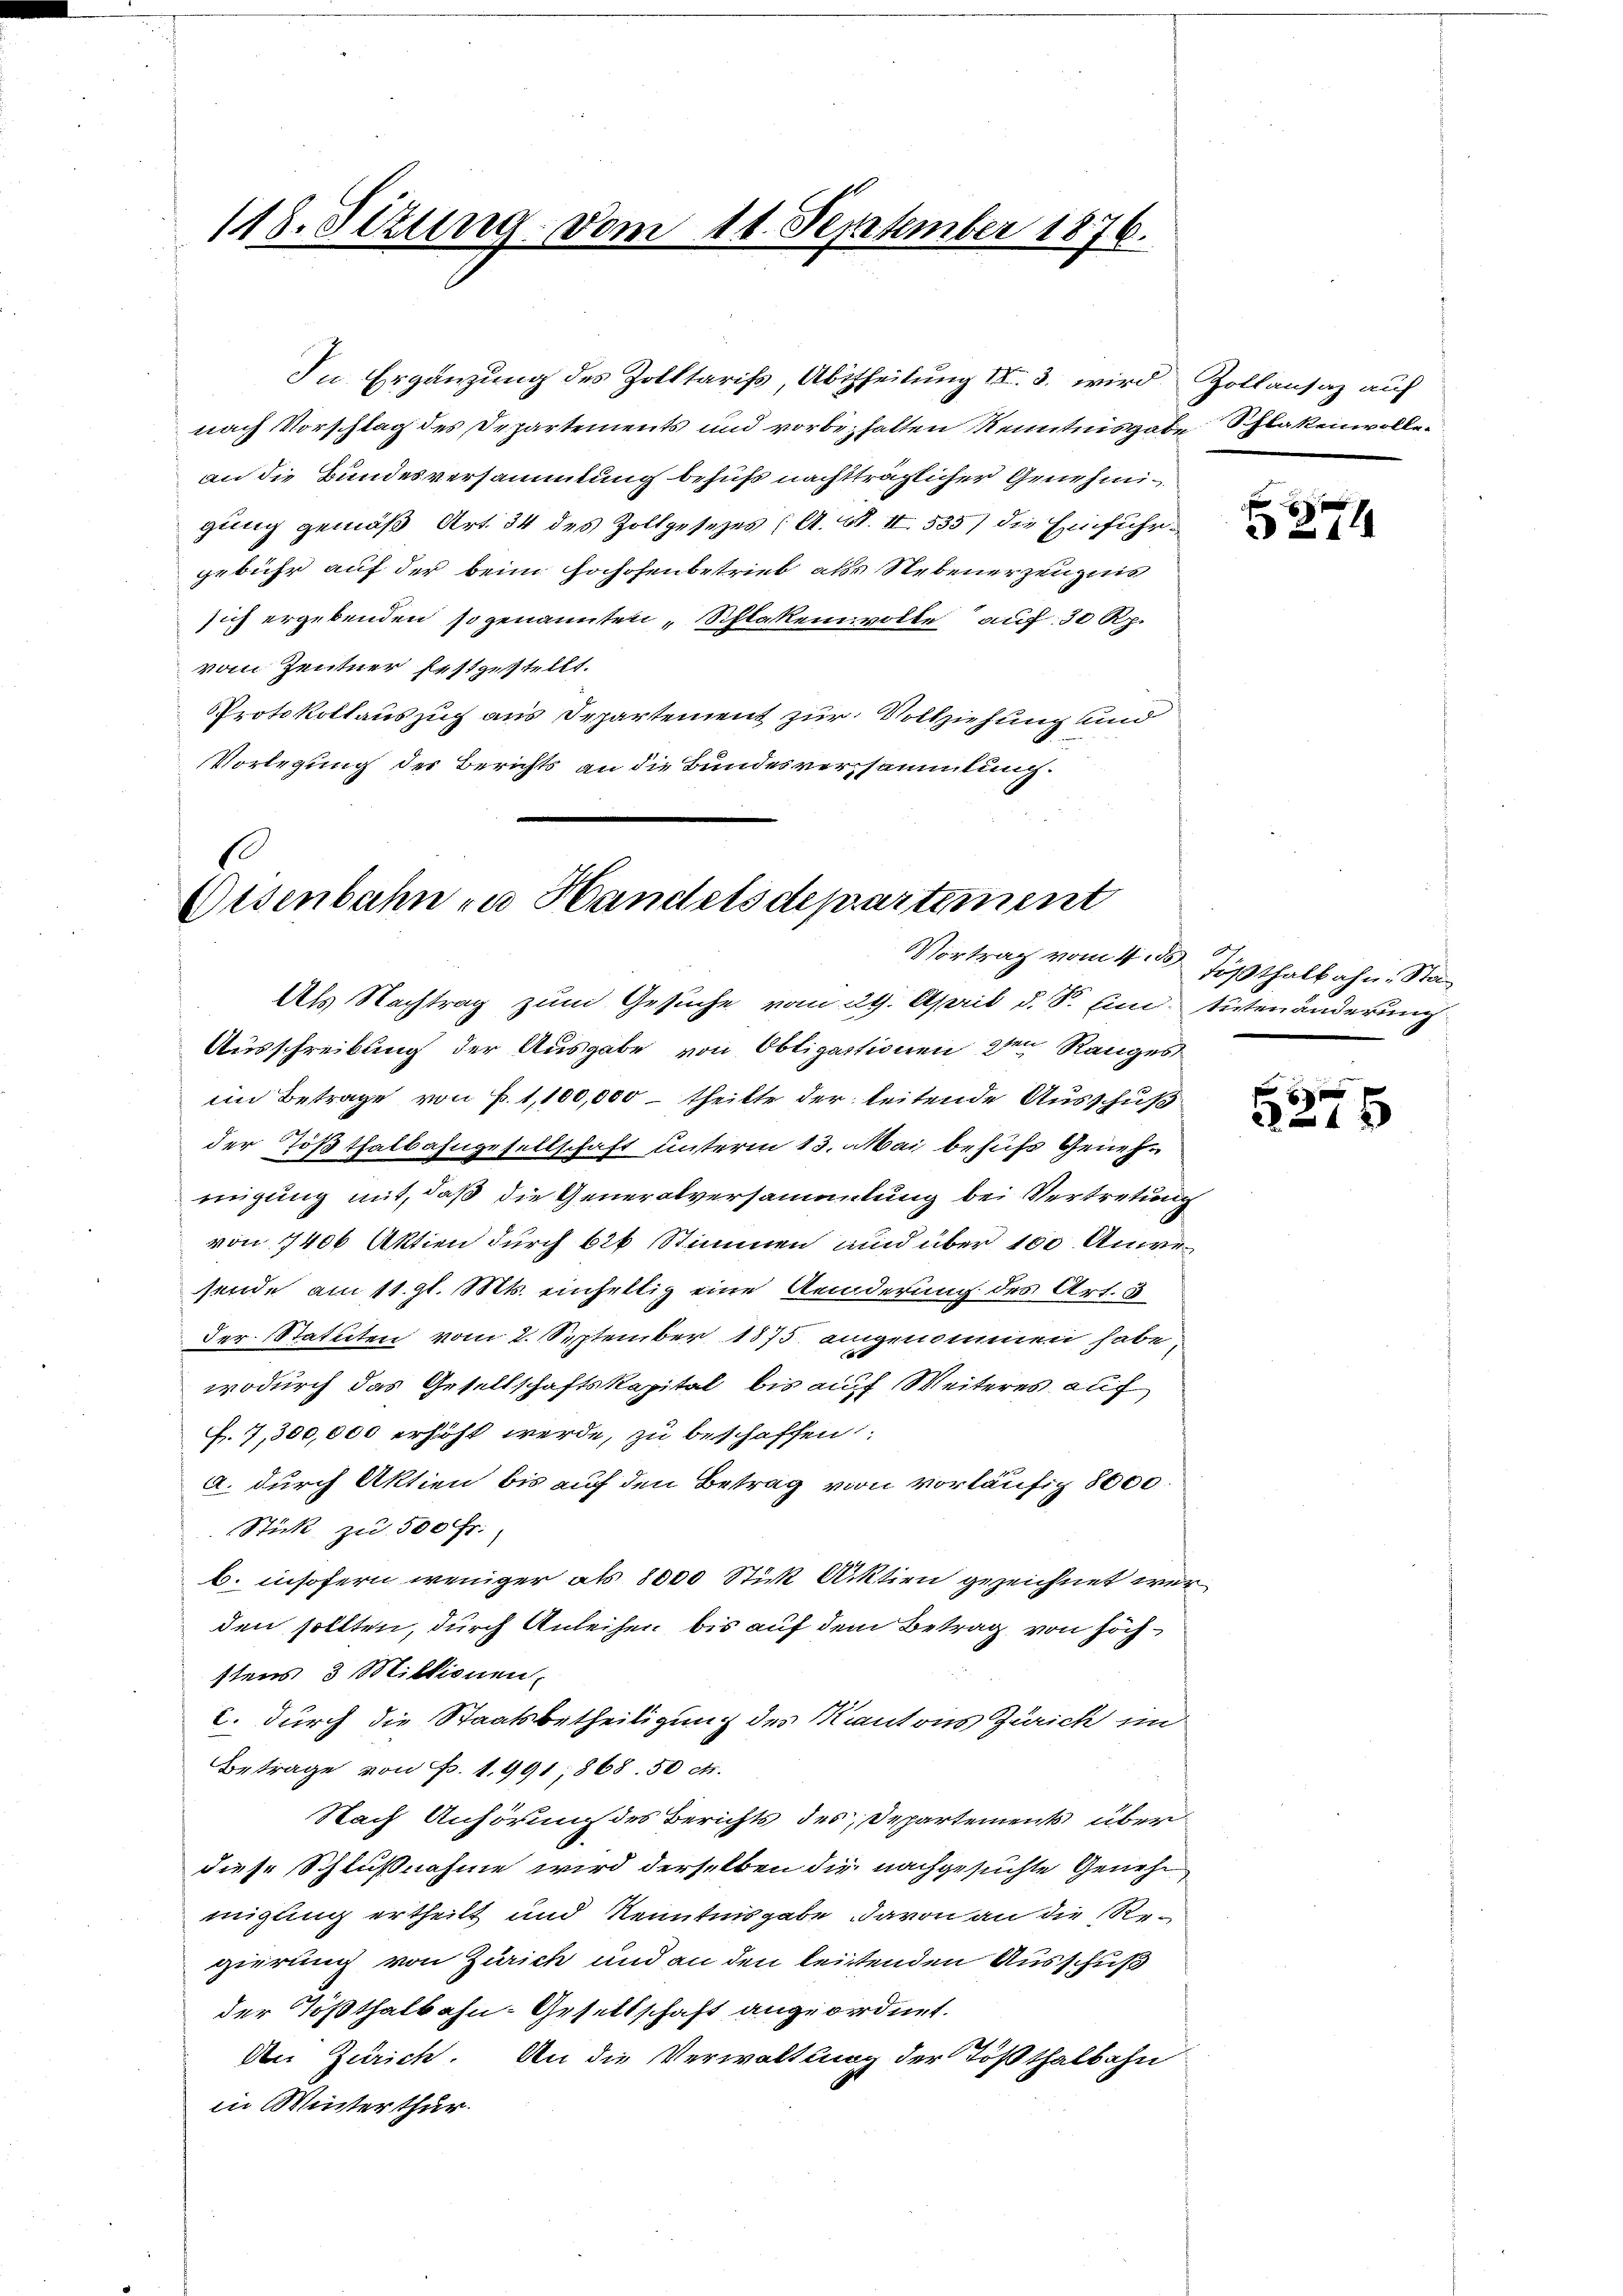
118. Stzung vom 11. September 1876.

In Ergänzung des Zolltarifs, Abtheilung III. 3. wird. Zollansaz auf
nach Vorschlag des Departements und vorbehalten Kenntnisgabe Schlatenwollean die Bundesversammlung behufs nachtträglicher Genehmigung gemäß Art. 34 des Zollgesezes (A. S. II 535) die Einführgebühr auf der beim Fohosenbetrieb als Nebenerzeugnis
sich ergebenden so genannten Schlaken volle auf 30 Rp.
vom Zentner festgestellt.
Protokollauszug aus Departement zur Vollziehung und
Vorlegung des Berichts an die Bundesversammlung.

1
Eisenbahn zu Handelsdepartement

Als Nachtrag zum Gesuche vom 29. April d. d. Ein Sivtenänderung
Ausschreibung der Ausgabe von Obligationen den Ranges
im Betrage von P. 1,100,000 – theilte der leitende Ausschuß
der Tößthalbahngesellschaft unterm 13. Mai behufs Genehmigung mit, daß die Generalversammlung bei Vertretung
von 1400 Aktien durch 626 Stimmen und über 100 Anve
sende am 11. gl. Mts. einhellig eine Aenderung des Art. 3
der Statuten vom 2. September 1875 angenommen habe,
wodurch das Gesellschaftskapital bis auf Weiteres auf
f. 7,300,000 erhöht werde, zu beschaffen:
a. durch Aktien bis auf den Betrag von vorläufig 8000
Stück zu 500 Fr.,
b. insofern weniger als 8000 Stick Aktien gezeichnet werden sollten, durch Anleihen bis auf dem Betrag von höchstens 3 Millionen.
C. durch die Staatsbetheiligung des Kantons Zürich im
Betrage von P. 1. 991, 868. 50 cts.
Nach Anhörung des Berichts des Departements über
diese Schlußnahme wird derselben die nachgesuchte Genehmigung ertheilt und Kenntnisgabe davon an die Regierung von Zürich und an den leistenden Ausschuß
der Tößthalbahn-Gesellschaft angeordnet.
An Zürich. An die Verwaltung der Tößthalbahn
in Winterthur.

274

Vortrag vom 4. des Tößthalbahn. Stan

f 6 x
2216